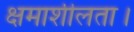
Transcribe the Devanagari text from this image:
क्षमाशीलता।